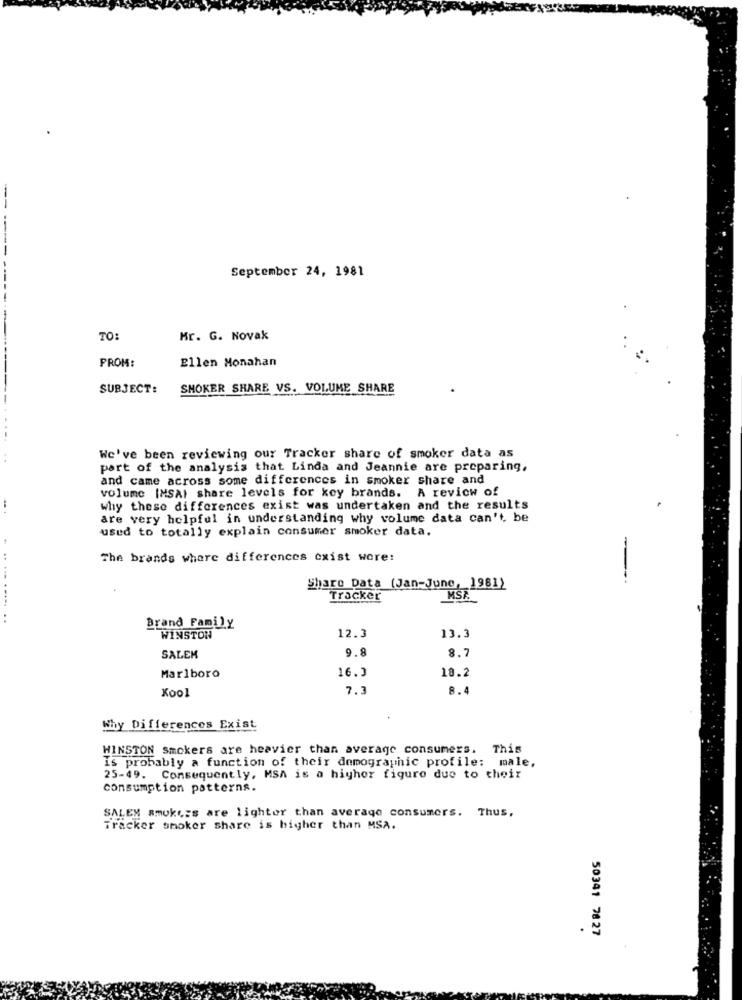
--
September 24, 1981
TO:
Mr. G. Novak
PROM:
Ellen Monahan
SUBJECT:
SMOKER SHARE VS. VOLUME SHARE
We've been reviewing our Tracker share of smoker data as
part of the analysis that Linda and Jeannie are preparing,
and came across some differences in smoker share and
volume [MSAI share levels for key brands. A review of
why these differences exist was undertaken and the results
are very helpful in understanding why volume data can't, be
used to totally explain consumer smoker data.
The brands where differences exist were:
--
Share Data (Jan-June, 1981)
.. ... .....
Tracker
..
Brand Family
12.3
13.3
WINSTON
9.
8.7
SALEM
16.3
18.2
Marlboro
7.3
8.4
Kool
Why Differences Exist
WINSTON Smokers are heavier than average consumers. This
is probably a function of their demographic profile: male,
25-49. Consequently, MSA is a higher figure due to their
consumption patterns.
SALEM smokezs are lighter than average consumers. Thus,
Tracker smoker share is higher than MSA.
.
50341 7827